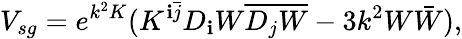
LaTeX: V_{sg}=e^{k^{2}K}(K^{\mathbf{i}\bar{{j}}}D_{\mathbf{i}}W\overline{{{{D_{j}W}}}}-3k^{2}W\bar{{W}}),